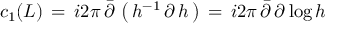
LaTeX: c _ { 1 } ( { \cal L } ) \, = \, \o { i } { 2 \pi } \, { \bar { \partial } } \, \left( \, h ^ { - 1 } \, \partial \, h \, \right) \, = \, \o { i } { 2 \pi } \, { \bar { \partial } } \, \partial \, \mathrm { l o g } \, h